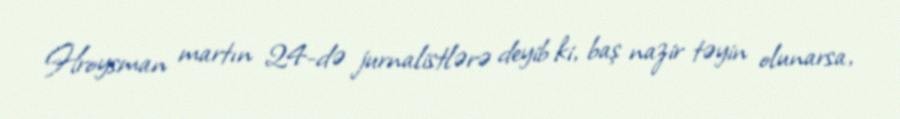
Hroysman martın 24-də jurnalistlərə deyib ki, baş nazir təyin olunarsa,